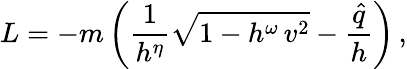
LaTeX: L=-m\left(\frac{1}{h^{\eta}}\sqrt{1-h^{\omega}\, v^{2}}-\frac{\hat{q}}{h}\right)\, ,